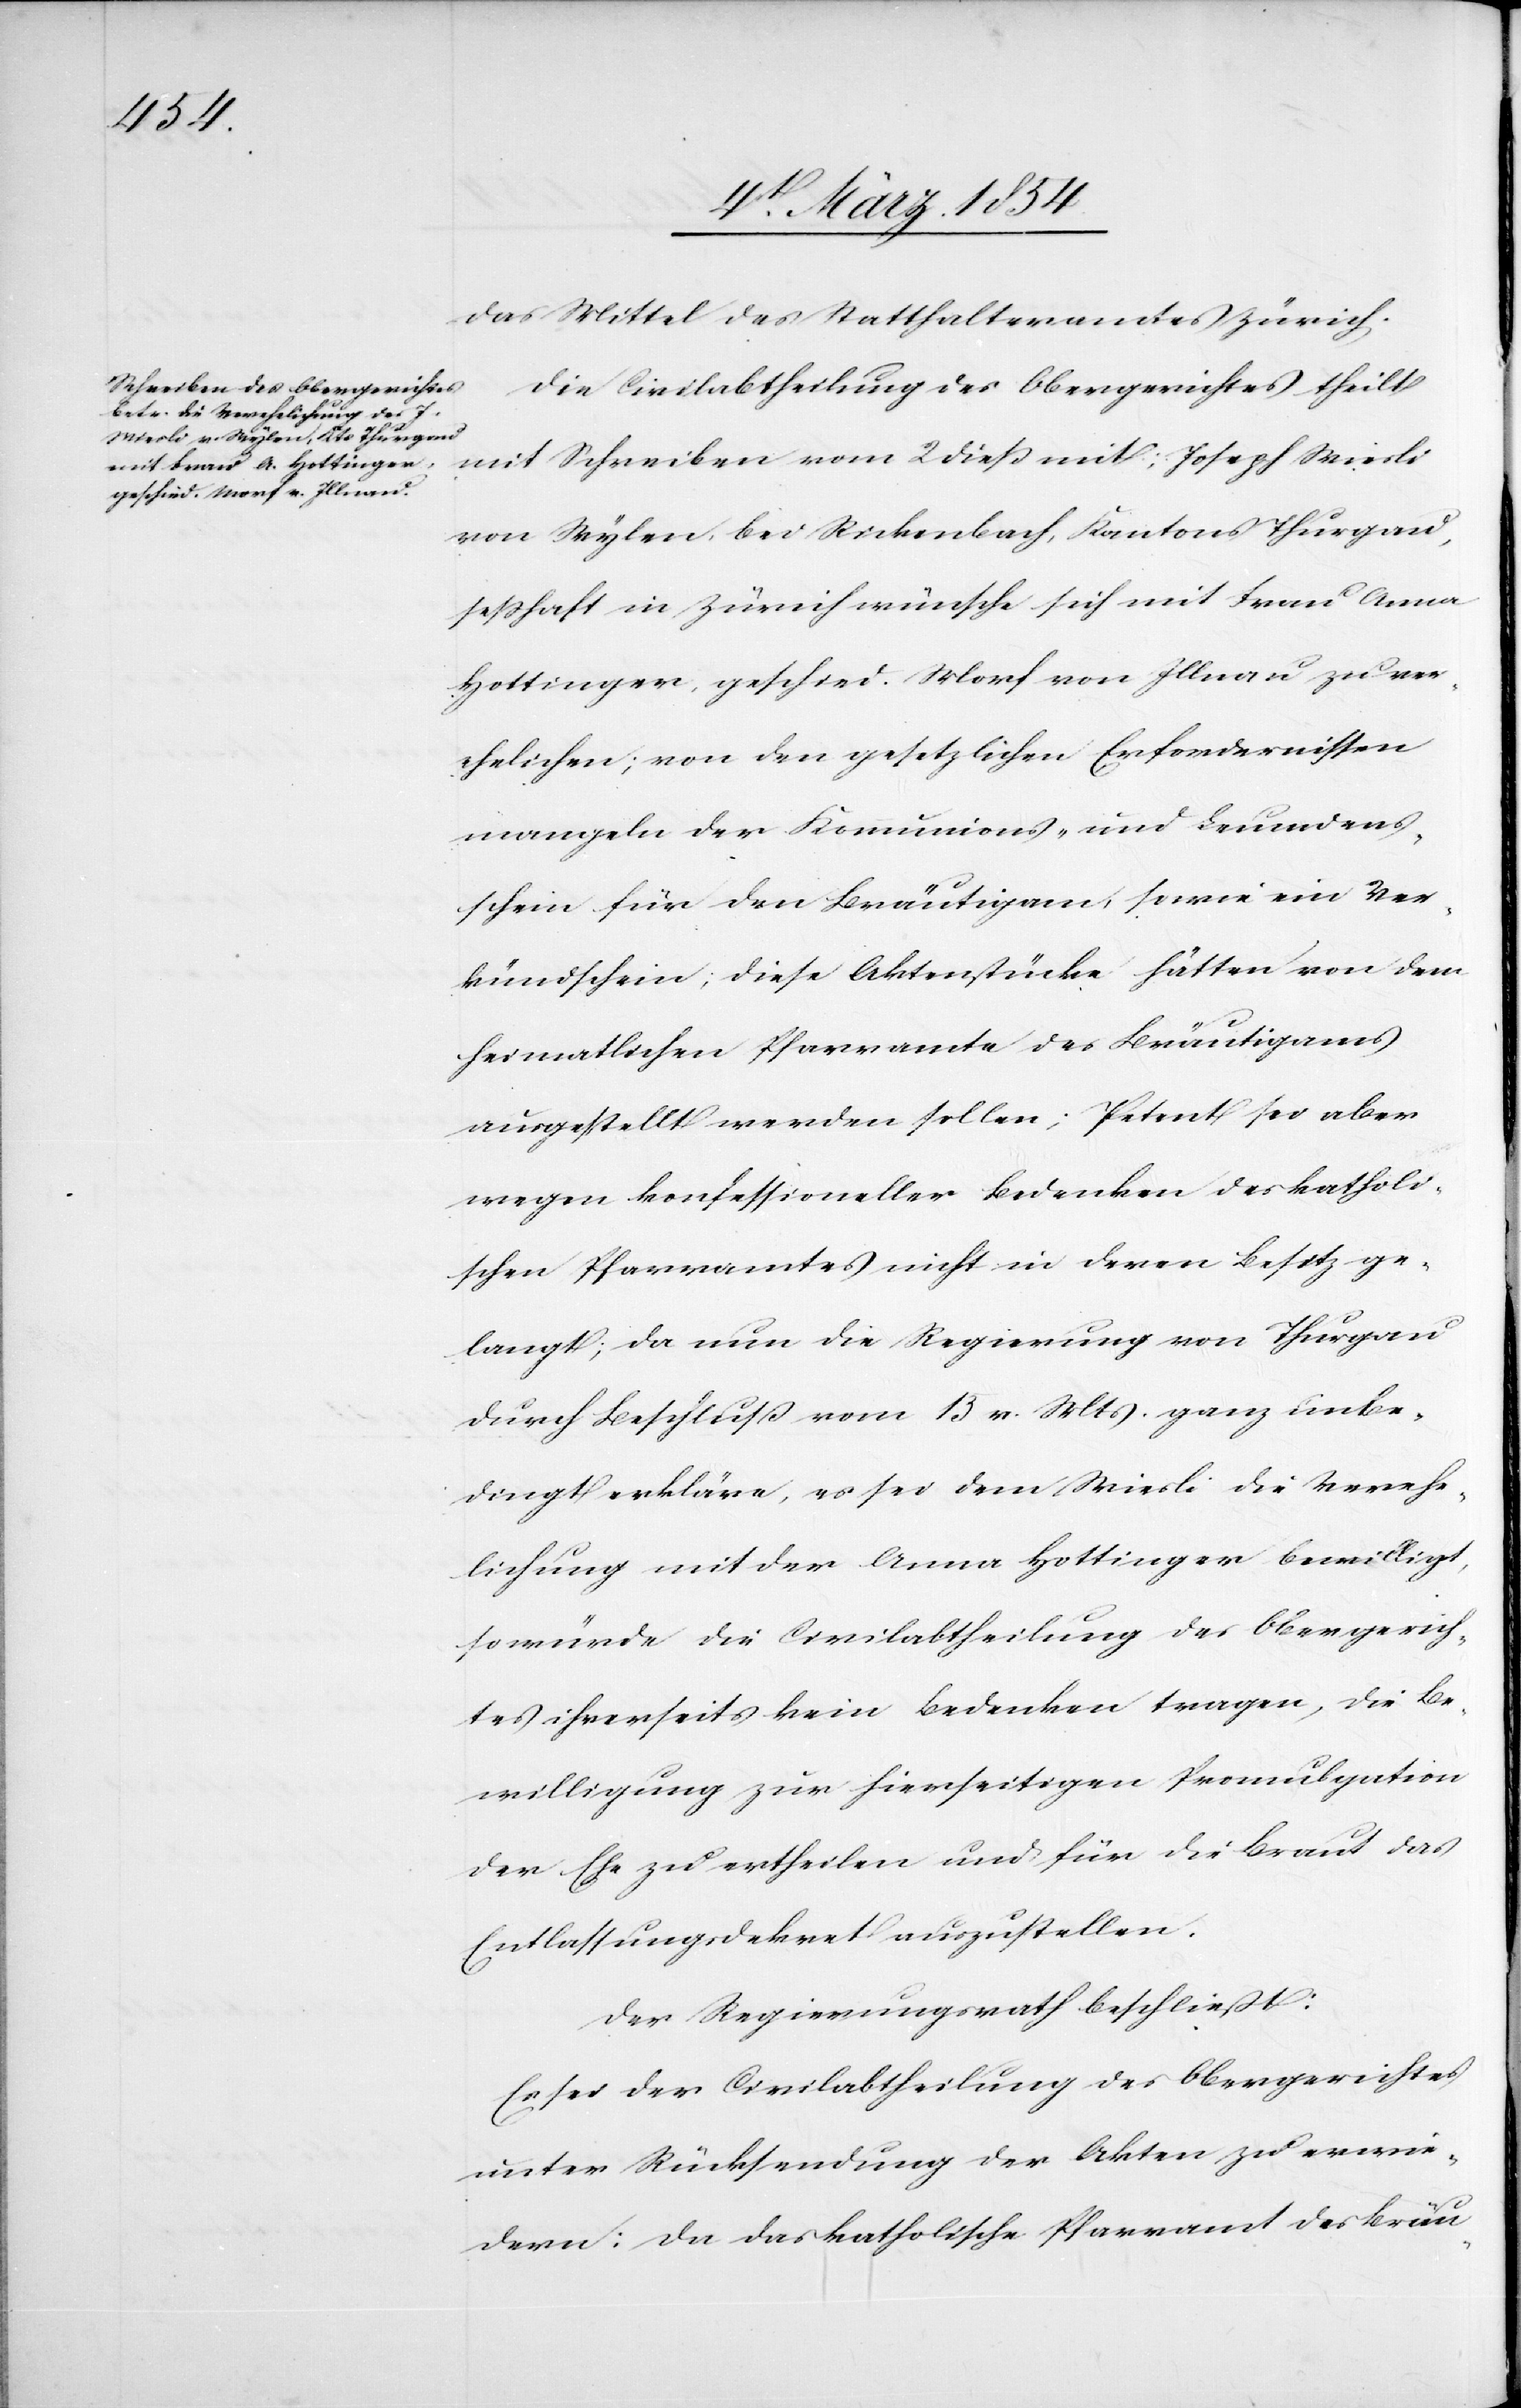
das Mittel des Statthalteramtes Zürich.
Die Civilabtheilung des Obergerichtes theilt
mit Schreiben vom 2 dieß mit, Joseph Wiesli
von Wylen, bei Rickenbach, Kantons Thurgau,
seßhaft in Zürich wünsche sich mit Frau Anna
Hottinger, geschied. Morf von Illnau zu ver¬
ehelichen; von den gesetzlichen Erfordernissen
mangeln der Kommunions- und Leumdens¬
schein für den Bräutigam, sowie ein Ver¬
kündschein; diese Aktenstücke hätten von dem
heimatlichen Pfarramte des Bräutigams
ausgestellt werden sollen; Petent sei aber
wegen konfessioneller Bedenken des katholi¬
schen Pfarramtes nicht in deren Besitz ge¬
langt; da nun die Regierung von Thurgau
durch Beschluß vom 13 v. Mts. ganz unbe¬
dingt erkläre, es sei dem Wiesli die Verehe¬
lichung mit der Anna Hottinger bewilligt,
so würde die Civilabtheilung des Obergerich¬
tes ihrerseits kein Bedenken tragen, die Be¬
willigung zur hierseitigen Promulgation
der Ehe zu ertheilen und für die Braut das
Entlassungsdekret auszustellen.
Der Regierungsrath beschließt:
Es sei der Civilabtheilung des Obergerichtes
unter Rücksendung der Akten zu erwie¬
dern: Da das katholische Pfarramt des Bräu-